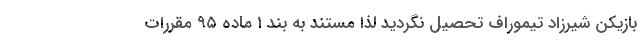
بازیکن شیرزاد تیموراف تحصیل نگردید لذا مستند به بند ۱ ماده ۹۵ مقررات